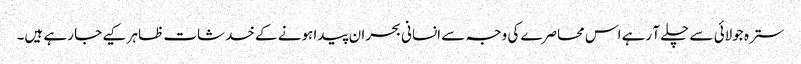
سترہ جولائی سے چلے آ رہے اس محاصرے کی وجہ سے انسانی بحران پیدا ہونے کے خدشات ظاہر کیے جا رہے ہیں۔